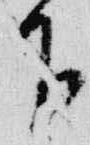
下